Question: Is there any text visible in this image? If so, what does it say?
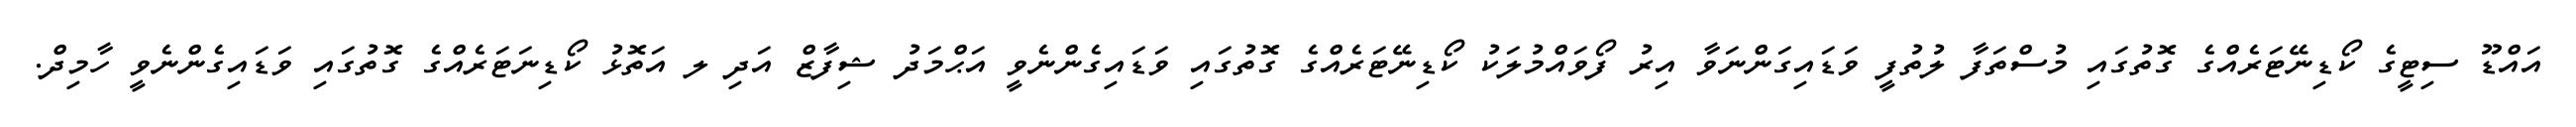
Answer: އައްޑޫ ސިޓީގެ ކޯޑިނޭޓަރެއްގެ ގޮތުގައި މުސްތަފާ ލުތުފީ ވަޑައިގަންނަވާ އިރު ފޯވައްމުލަކު ކޯޑިނޭޓަރެއްގެ ގޮތުގައި ވަޑައިގެންނެވީ އަޙްމަދު ޝިފާޒް އަދި ލ އަތޮޅު ކޯޑިނަޓަރެއްގެ ގޮތުގައި ވަޑައިގެންނެވީ ހާމިދް.